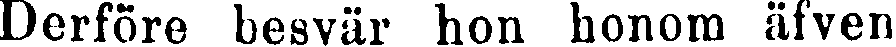
Derföre besvär hon honom äfven